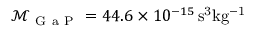
\mathcal M _ { \mathrm { ~ G ~ a ~ P ~ } } = 4 4 . 6 \times 1 0 ^ { - 1 5 } \, \mathrm { s ^ { 3 } k g ^ { - 1 } }